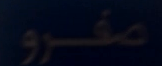
مفرو